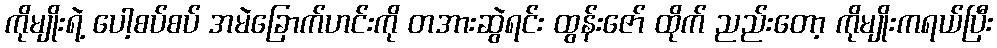
ကိုမျိုးရဲ့ ပေါ့စပ်စပ် အမဲခြောက်ဟင်းကို တအားဆွဲရင်း ထွန်းဇော် ထိုက် ညည်းတော့ ကိုမျိုးကရယ်ပြီး